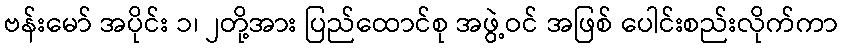
ဗန်းမော် အပိုင်း ၁၊ ၂တို့အား ပြည်ထောင်စု အဖွဲ့ဝင် အဖြစ် ပေါင်းစည်းလိုက်ကာ